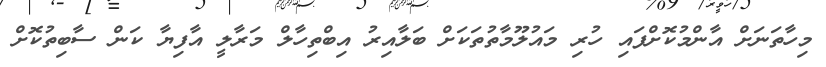
މިހާތަނަށް އާންމުކޮށްފައި ހުރި މައުލޫމާތުތަކަށް ބަލާއިރު އިބްތިހާލް މަރާލީ އާފިޔާ ކަން ސާބިތުކޮށް